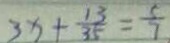
3 x + \frac { 1 3 } { 3 5 } = \frac { 5 } { 7 }